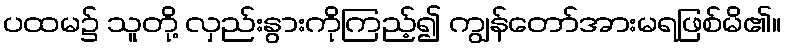
ပထမ၌ သူတို့ လှည်းနွားကိုကြည့်၍ ကျွန်တော်အားမရဖြစ်မိ၏။